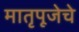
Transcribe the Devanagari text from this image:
मातृपूजेचे